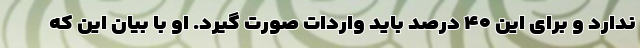
ندارد و برای این ۴۰ درصد باید واردات صورت گیرد. او با بیان این که